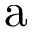
\mathrm { a }